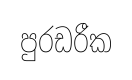
පුරඩරීක